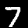
Digit: 7